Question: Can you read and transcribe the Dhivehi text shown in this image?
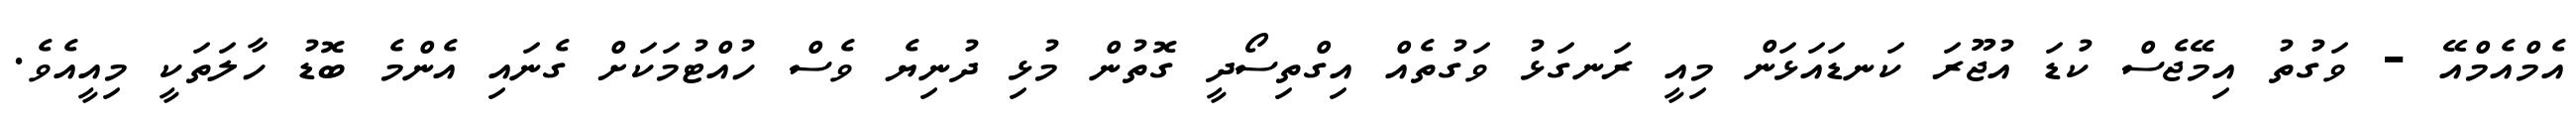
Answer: އެމްއެމްއޭ - ވަގުތު އިމޭޖެސް ކުޑަ އުޖޫރަ ކަނޑައަޅަން މިއީ ރަނގަޅު ވަގުތެއް އިގްތިސޯދީ ގޮތުން މުޅި ދުނިޔެ ވެސް ހުއްޓުމަކަށް ގެނައި އެންމެ ބޮޑު ހާލަތަކީ މިއީއެވެ.